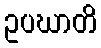
ဥပဃာတိ